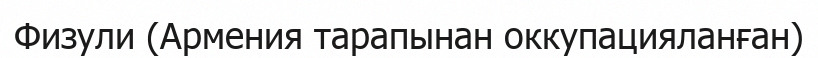
Физули (Армения тарапынан оккупацияланған)